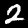
Label: 2